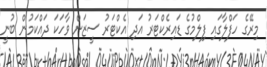
މިރޭގެ ހަފްލާގައި ފިލްމުގެ ޑައިރެކްޓަރު އަދި އެކްޓަރު ސީޒަން ވާހަކަ ދައްކަމުން ބުނީ